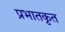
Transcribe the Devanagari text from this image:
प्रभातकृत